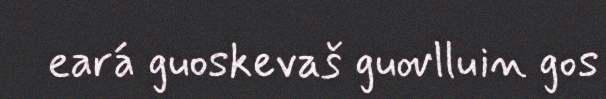
eará guoskevaš guovlluin gos